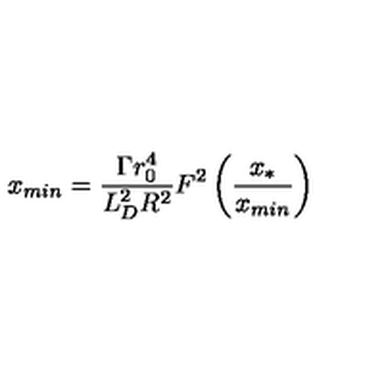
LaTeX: x _ { m i n } = \frac { \Gamma r _ { 0 } ^ { 4 } } { L _ { D } ^ { 2 } R ^ { 2 } } F ^ { 2 } \left( \frac { x _ { * } } { x _ { m i n } } \right)